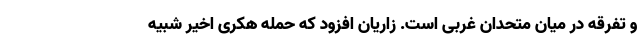
و تفرقه در میان متحدان غربی است. زاریان افزود که حمله هکری اخیر شبیه